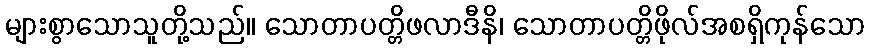
များစွာသောသူတို့သည်။ သောတာပတ္တိဖလာဒီနိ၊ သောတာပတ္တိဖိုလ်အစရှိကုန်သော